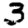
Digit: 3